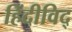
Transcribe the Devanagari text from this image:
हिंदीविद्‍